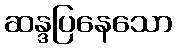
ဆန္ဒပြနေသော